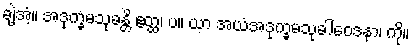
ချဲ့အံ့။ အဒုက္ခမသုခန္တိ ဧတ္ထ၊ ပ။ ယာ အယံအဒုက္ခမသုခါဝေဒနာ၊ ကို။